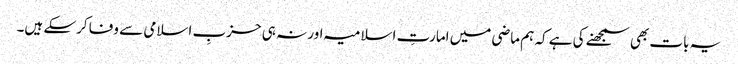
یہ بات بھی سمجھنے کی ہے کہ ہم ماضی میں امارتِ اسلامیہ اور نہ ہی حزبِ اسلامی سے وفا کرسکے ہیں۔